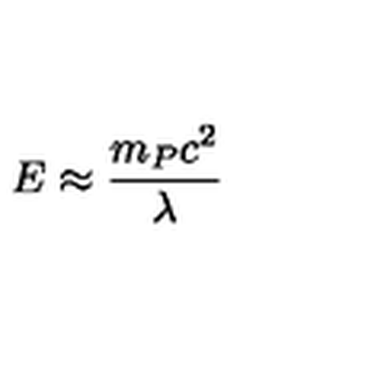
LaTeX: E \approx \frac { m _ { P } c ^ { 2 } } { \lambda }